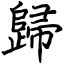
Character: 歸